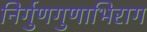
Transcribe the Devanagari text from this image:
निर्गुणगुणाभिराग